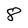
Character: 8